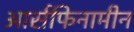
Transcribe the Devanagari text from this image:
आर्सफिनामीन